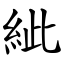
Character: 紪